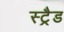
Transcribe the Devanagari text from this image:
स्ट्रैड